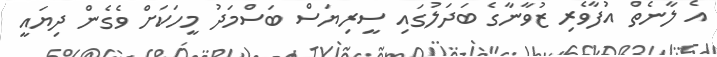
އެ ލާނެތް އުފާވެރި ޒުވާނާގެ ބަދަލުގައި ސީރިޔަސް ބަސްމަދު މީހަކަށް ވެގެން ދިޔައީ